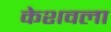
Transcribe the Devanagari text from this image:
केशवला